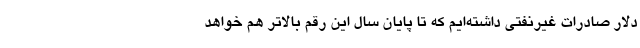
دلار صادرات غیرنفتی داشته‌ایم که تا پایان سال این رقم بالاتر هم خواهد